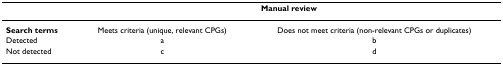
<table><thead><tr><td></td><td colspan="2"><b>Manual review</b></td></tr></thead><tbody><tr><td><b>Search terms</b></td><td>Meets criteria (unique, relevant CPGs)</td><td>Does not meet criteria (non-relevant CPGs or duplicates)</td></tr><tr><td>Detected</td><td>a</td><td>b</td></tr><tr><td>Not detected</td><td>c</td><td>d</td></tr></tbody></table>